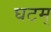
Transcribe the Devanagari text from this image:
घटम्